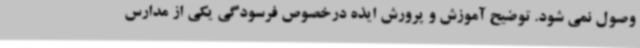
وصول نمی شود. توضیح آموزش و پرورش ایذه درخصوص فرسودگی یکی از مدارس